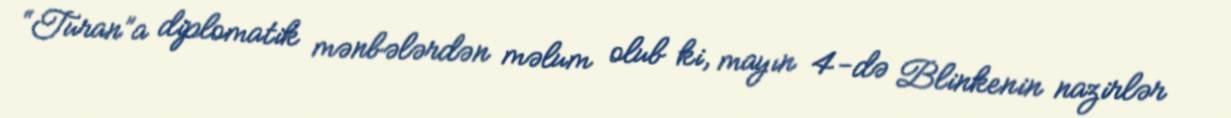
“Turan”a diplomatik mənbələrdən məlum olub ki, mayın 4-də Blinkenin nazirlər